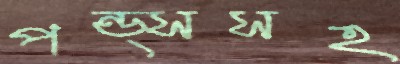
পন্ড্সসহ